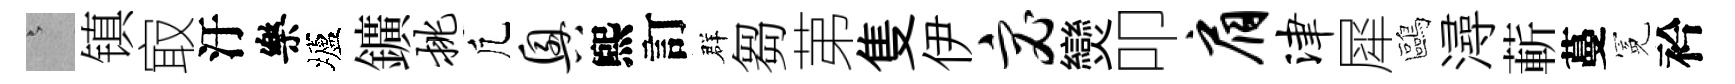
澹镇㝡汙樂壚鑛挑凢兴煕訂群芻苐隻伊宓𤓖叩肩津犀鷗潯蔪蔓冕衿